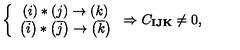
\left\{ \begin{array} { c } { \left( i \right) \ast \left( j \right) \rightarrow \left( k \right) } \\ { \left( \overline { { i } } \right) \ast \left( \overline { { j } } \right) \rightarrow \left( \overline { { k } } \right) } \\ \end{array} \right. \Rightarrow C _ { \mathbf { I J K } } \neq 0 ,